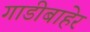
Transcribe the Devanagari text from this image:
गाडीबाहेर